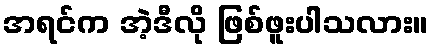
အရင်က အဲ့ဒီလို ဖြစ်ဖူးပါသလား။